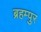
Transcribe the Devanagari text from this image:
ब्रहम्पुर